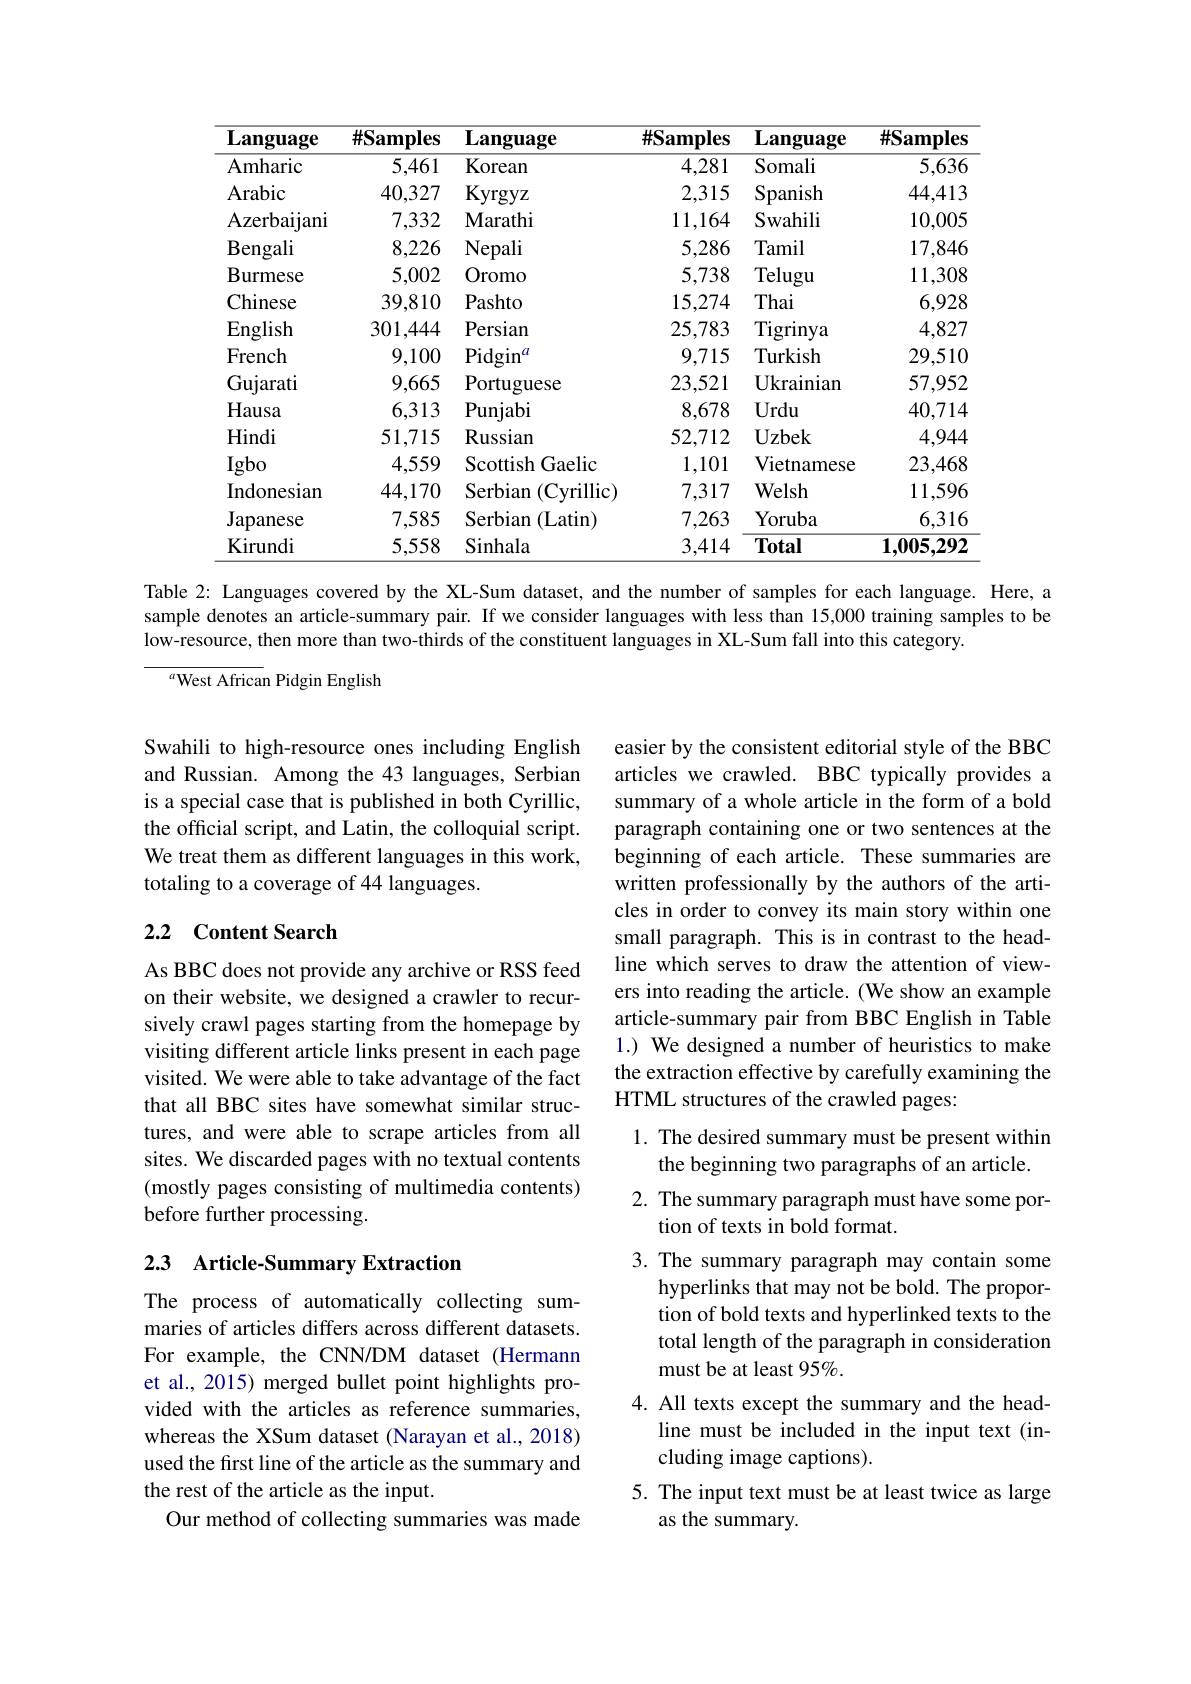
<table>
	<tbody>
		<tr>
			<th>$\mathbf{Language}$</th>
			<th>$\#\mathbf{Samples}$</th>
			<th>$\mathbf{Language}$</th>
			<th>$\#\mathbf{Samples}$</th>
			<th>$\mathbf{Language}$</th>
			<th>$\#\mathbf{S}:$ $\mathbf{amples}$</th>
		</tr>
		<tr>
			<td>Amharic</td>
			<td>5,461</td>
			<td>Korean</td>
			<td>4,281</td>
			<td>Somali</td>
			<td>5,636</td>
		</tr>
		<tr>
			<td>Arabic</td>
			<td>40,327</td>
			<td>Kyrgyz</td>
			<td>2,315</td>
			<td>Spanish</td>
			<td>44,413</td>
		</tr>
		<tr>
			<td>Azerbaijani</td>
			<td>7,332</td>
			<td>$\mathbf{Marathi}$</td>
			<td>11,164</td>
			<td>Swahili</td>
			<td>10,005</td>
		</tr>
		<tr>
			<td>Bengali</td>
			<td>8,226</td>
			<td>$\mathbf{Nepali}$</td>
			<td>5,286</td>
			<td>Tamil</td>
			<td>17,846</td>
		</tr>
		<tr>
			<td>Burmese</td>
			<td>5,002</td>
			<td>Oromo</td>
			<td>5,738</td>
			<td>Telugu</td>
			<td>11,308</td>
		</tr>
		<tr>
			<td>Chinese</td>
			<td>39,810</td>
			<td>Pashto</td>
			<td>15,274</td>
			<td>Thai</td>
			<td>6,928</td>
		</tr>
		<tr>
			<td>English</td>
			<td>301,444</td>
			<td>Persian</td>
			<td>25,783</td>
			<td>$\operatorname{Tigrinya}$</td>
			<td>4,827</td>
		</tr>
		<tr>
			<td>French</td>
			<td>9,100</td>
			<td>Pidgin</td>
			<td>9,715</td>
			<td>Turkish</td>
			<td>29,510</td>
		</tr>
		<tr>
			<td>Gujarati</td>
			<td>9,665</td>
			<td>${\mathrm{Portuguese}}$</td>
			<td>23,521</td>
			<td>${\mathrm{Ukrainian}}$</td>
			<td>57,952</td>
		</tr>
		<tr>
			<td>Hausa</td>
			<td>6,313</td>
			<td>$\mathbf{Punjabi}$</td>
			<td>8,678</td>
			<td>Urdu</td>
			<td>40,714</td>
		</tr>
		<tr>
			<td>Hindi</td>
			<td>51,715</td>
			<td>$\mathbf{Russian}$</td>
			<td>52,712</td>
			<td>$\mathbf{Uzbek}$</td>
			<td>4,944</td>
		</tr>
		<tr>
			<td>Igbo</td>
			<td>4,559</td>
			<td>Scottish Gaelic</td>
			<td>1,101</td>
			<td>Vietnamese</td>
			<td>23,468</td>
		</tr>
		<tr>
			<td>Indonesian</td>
			<td>44,170</td>
			<td>Serbian $(\mathbf{Cyrillic})$</td>
			<td>7,317</td>
			<td>Welsh</td>
			<td>11,596</td>
		</tr>
		<tr>
			<td>Japanese</td>
			<td>7,585</td>
			<td>Serbian (Latin)</td>
			<td>7,263</td>
			<td>Yoruba</td>
			<td>6,316</td>
		</tr>
		<tr>
			<td>Kirundi</td>
			<td>5,558</td>
			<td>Sinhala</td>
			<td>3,414</td>
			<td>Total</td>
			<td>1,005,292</td>
		</tr>
	</tbody>
</table>

Table 2: Languages covered by the XL-Sum dataset, and the number of samples for each language. Here, a sample denotes an article-summary pair. If we consider languages with less than 15,000 training samples to be low-resource, then more than two-thirds of the constituent languages in XL-Sum fall into this category.

${}^a$West African Pidgin English

Swahili to high-resource ones including English and Russian. Among the 43 languages, Serbian is a special case that is published in both Cyrillic, the official script, and Latin, the colloquial script. We treat them as different languages in this work, totaling to a coverage of 44 languages.

easier by the consistent editorial style of the BBC articles we crawled. BBC typically provides a summary of a whole article in the form of a bold paragraph containing one or two sentences at the beginning of each article. These summaries are written professionally by the authors of the articles in order to convey its main story within one small paragraph. This is in contrast to the headline which serves to draw the attention of viewers into reading the article. (We show an example article-summary pair from BBC English in Table 1.) We designed a number of heuristics to make the extraction effective by carefully examining the HTML structures of the crawled pages:

### 2.2 Content Search

As BBC does not provide any archive or RSS feed on their website, we designed a crawler to recursively crawl pages starting from the homepage by visiting different article links present in each page visited. We were able to take advantage of the fact that all BBC sites have somewhat similar structures, and were able to scrape articles from all sites. We discarded pages with no textual contents (mostly pages consisting of multimedia contents) before further processing.

## 2.3 Article-Summary Extraction

1. The desired summary must be present within
the beginning two paragraphs of an article. 2. The summary paragraph must have some por-
tion of texts in bold format.
3. The summary paragraph may contain some
hyperlinks that may not be bold. The proportion of bold texts and hyperlinked texts to the total length of the paragraph in consideration must be at least 95%.
4. All texts except the summary and the head-
line must be included in the input text (in-
cluding image captions).
5. The input text must be at least twice as large
as the summary.

The process of automatically collecting summaries of articles differs across different datasets. For example, the CNN/DM dataset (Hermann et al., 2015) merged bullet point highlights provided with the articles as reference summaries, whereas the XSum dataset (Narayan et al., 2018) used the first line of the article as the summary and the rest of the article as the input.
Our method of collecting summaries was made